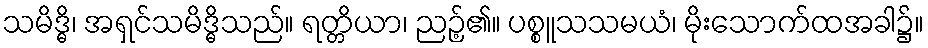
သမိဒ္ဓိ၊ အရှင်သမိဒ္ဓိသည်။ ရတ္တိယာ၊ ညဉ့်၏။ ပစ္စူသသမယံ၊ မိုးသောက်ထအခါ၌။